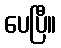
ပေပြီ။